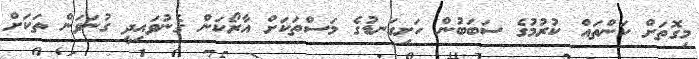
މިގޮތަށް ކަންތައް ކުރުމުގެ ސަބަބުން ހަށިގަނޑުގެ މަސްތަކަށް އާރޯކަން ގެނުވައިިދީ ގުނަވަން ތަކަށް